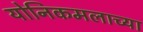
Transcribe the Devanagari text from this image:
योनिकमलाच्या